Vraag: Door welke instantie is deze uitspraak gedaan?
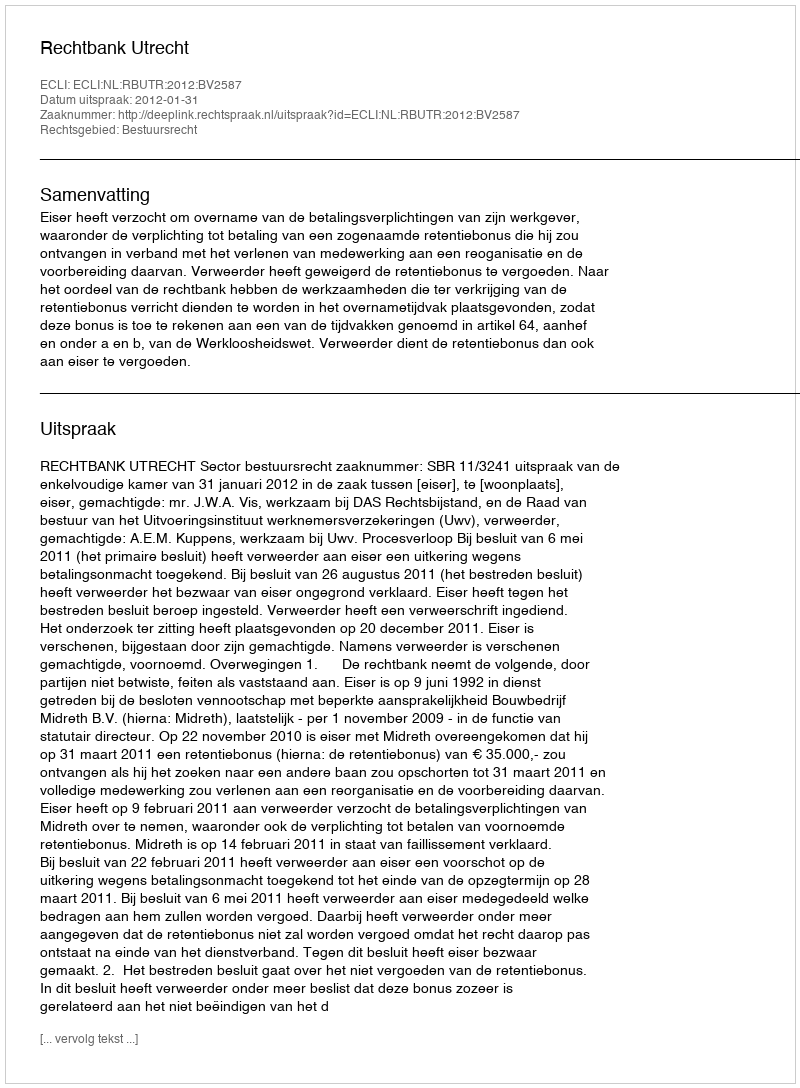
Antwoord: Rechtbank Utrecht